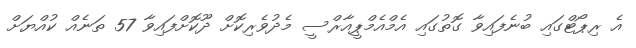
އެ ރިޕޯޓްގައި ބުނެފައިވާ ގޮތުގައި އެމްއެމްޕީއާރްސީ މެދުވެރިކޮށް ދޫކޮށްފައިވާ 57 ތަނެއް ކުއްޔަށް